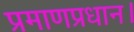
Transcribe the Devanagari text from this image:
प्रमाणप्रधान।